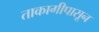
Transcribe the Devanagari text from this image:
ताकागीपासून